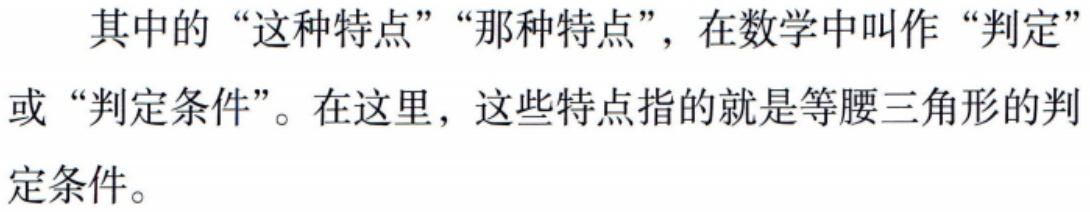
其中的“这种特点”“那种特点”，在数学中叫作“判定”或“判定条件”。在这里，这些特点指的就是等腰三角形的判定条件。